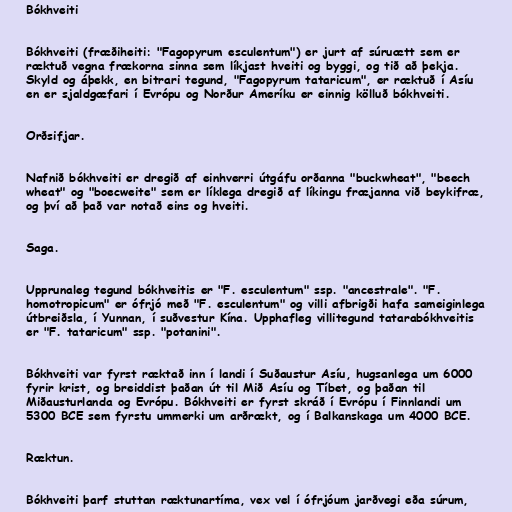
Bókhveiti

Bókhveiti (fræðiheiti: "Fagopyrum esculentum") er jurt af súruætt sem er
ræktuð vegna frækorna sinna sem líkjast hveiti og byggi, og tið að þekja.
Skyld og áþekk, en bitrari tegund, "Fagopyrum tataricum", er ræktuð í Asíu
en er sjaldgæfari í Evrópu og Norður Ameríku er einnig kölluð bókhveiti.

Orðsifjar.

Nafnið bókhveiti er dregið af einhverri útgáfu orðanna "buckwheat", "beech
wheat" og "boecweite" sem er líklega dregið af líkingu fræjanna við beykifræ,
og því að það var notað eins og hveiti.

Saga.

Upprunaleg tegund bókhveitis er "F. esculentum" ssp. "ancestrale". "F.
homotropicum" er ófrjó með "F. esculentum" og villi afbrigði hafa sameiginlega
útbreiðsla, í Yunnan, í suðvestur Kína. Upphafleg villitegund tatarabókhveitis
er "F. tataricum" ssp. "potanini".

Bókhveiti var fyrst ræktað inn í landi í Suðaustur Asíu, hugsanlega um 6000
fyrir krist, og breiddist þaðan út til Mið Asíu og Tíbet, og þaðan til
Miðausturlanda og Evrópu. Bókhveiti er fyrst skráð í Evrópu í Finnlandi um
5300 BCE sem fyrstu ummerki um arðrækt, og í Balkanskaga um 4000 BCE.

Ræktun.

Bókhveiti þarf stuttan ræktunartíma, vex vel í ófrjóum jarðvegi eða súrum,